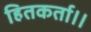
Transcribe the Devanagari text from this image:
हितकर्ता।।